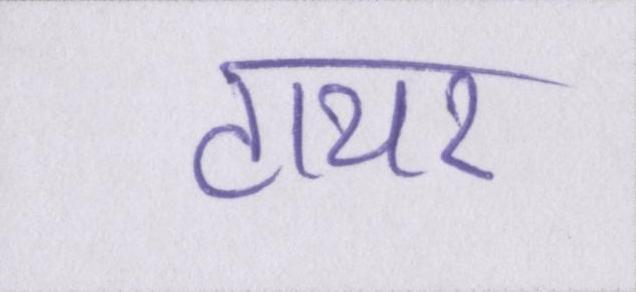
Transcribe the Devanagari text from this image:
टायर